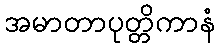
အမာတာပုတ္တိကာနံ